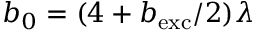
b _ { 0 } = ( 4 + b _ { \mathrm { e x c } } / 2 ) \lambda